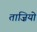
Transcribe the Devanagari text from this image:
ताज़ियो